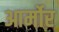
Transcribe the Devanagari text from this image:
आर्मोर